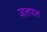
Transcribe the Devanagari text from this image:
जातपांत